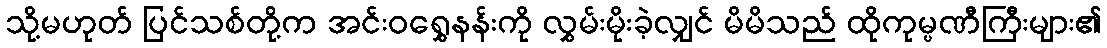
သို့မဟုတ် ပြင်သစ်တို့က အင်းဝရွှေနန်းကို လွှမ်းမိုးခဲ့လျှင် မိမိသည် ထိုကုမ္ပဏီကြီးများ၏